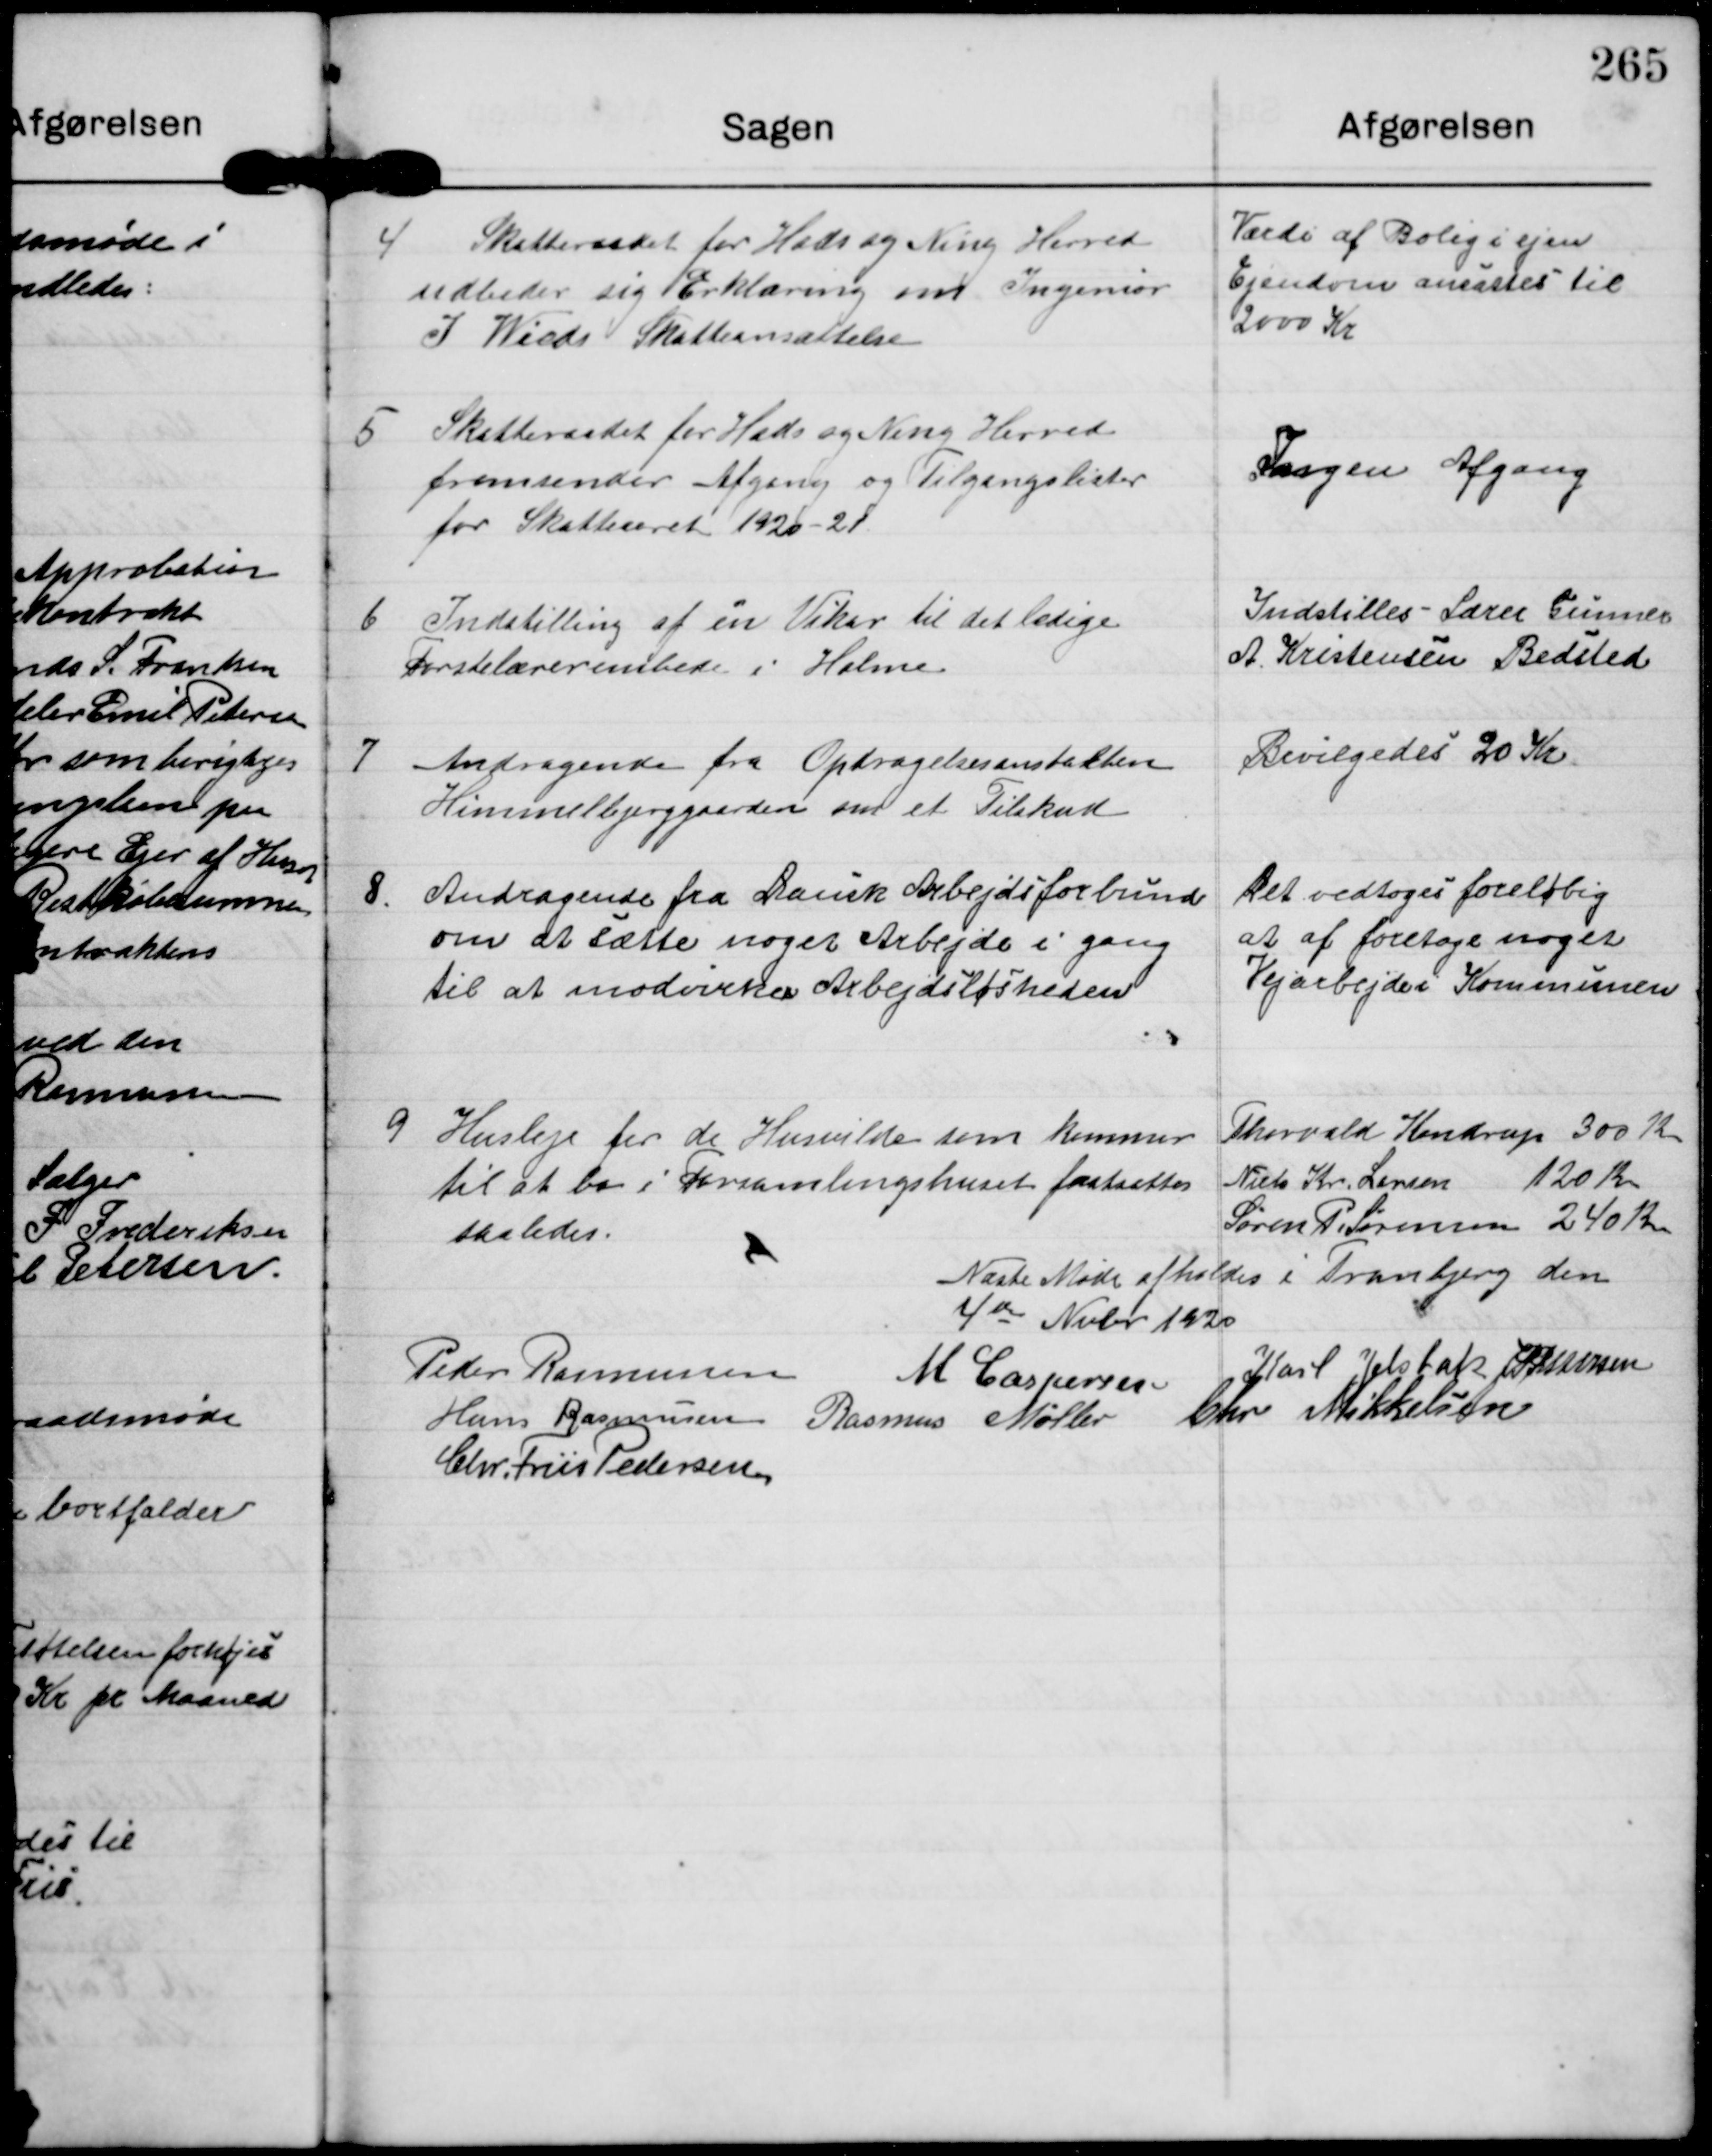
Transskription:
4

Skatteraadet for Hads og Ning Herred
udbeder sig Erklæring om Ingeniør
J Wieds Skatteansættelse

Værdi af Bolig i ejen
Ejendom ansattes til
2000 Kr

5

Skatteraadet for Hads og Ning Herred
fremsender Afgang og Tilgangslister
for Skattearet 1920-21.

Ingen Afgang

6

Indstilling af en Vikar til det ledige
Førstelærerembede i Holme

Indstilles Lærer Gunner
A Kristensen Bedsted

7

Andragende fra Opdragelsesanstalten
Himmelbjerggaarden om et Tilskud

Bevilgedes 20 Kr

8

Andragende fra Dansk Arbejdsforbund
om at sætte noget Arbejde i gang
til at modvirke Arbejdsløsheden

Det vedtoges foreløbig
at af foretage noget
Vejarbejde i Kommunen

9

Husleje for de Husvilde som kommer
til at bo i Forsamlingshuset fastsattes
saaledes.

Thorvald Kondrup 300 Kr.
Niels Kr. Larsen 120 Kr.
Søren P Sørensen 240 Kr.

Næste Møde afholdes i Tranbjerg den
4de Nvbr 1920

Peder Rasmussen
M Caspersen
Karl Jelsbak J P Pedersen
Hans Rasmussen Rasmus Møller Chr Mikkelsen
Chr. Friis Pedersen